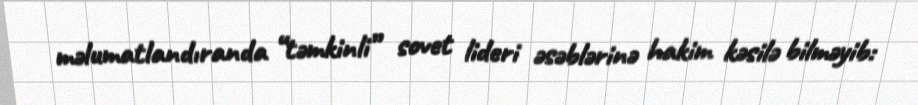
məlumatlandıranda “təmkinli” sovet lideri əsəblərinə hakim kəsilə bilməyib: